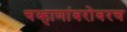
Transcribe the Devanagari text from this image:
चव्हाणांबरोबरच